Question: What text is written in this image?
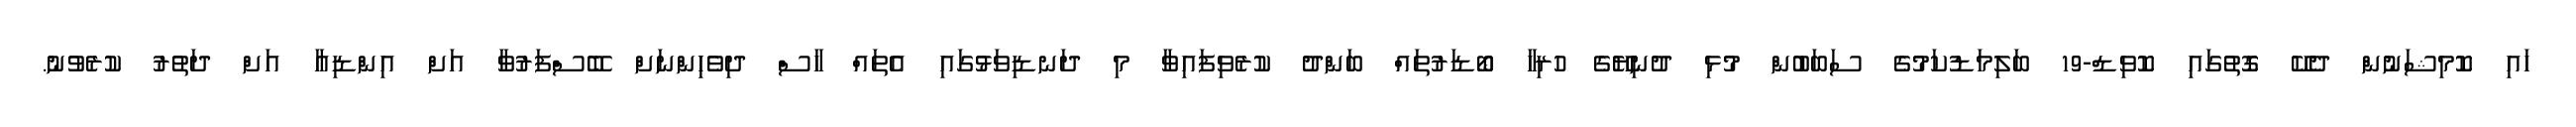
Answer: ހައި ކޮމިޝަނުން ދެކޭ ގޮތުގައި ކޮވިޑް-19 ބަލިމަޑުކަމުގެ ސަބަބުން މުޅި ދުނިޔޭގެ ހުރިހާ ބޯޑަރުތައް ބަންދު ކުރެވިފައިވާ މި ދަނޑިވަޅުގައި އެތައް ހާސް ދިވެހިންނަށް ބޭސްފަރުވާ އަށް އިންޑިއާ އަށް ދަތުރު ކުރެވުނު.